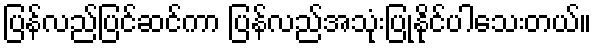
ပြန်လည်ပြင်ဆင်ကာ ပြန်လည်အသုံးပြုနိုင်ပါသေးတယ်။